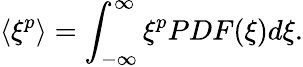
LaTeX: \langle\xi^{p}\rangle=\int_{-\infty}^{\infty}\xi^{p}PDF(\xi)d\xi.